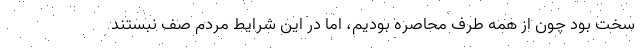
سخت بود چون از همه طرف محاصره بودیم، اما در این شرایط مردم صف نبستند